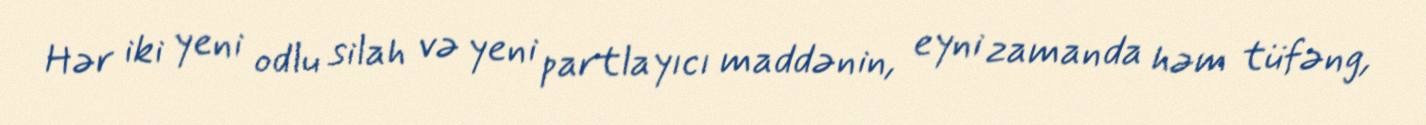
Hər iki yeni odlu silah və yeni partlayıcı maddənin, eyni zamanda həm tüfəng,